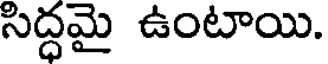
సిద్ధమై ఉంటాయి.